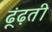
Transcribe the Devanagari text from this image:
ढूंढ़ती